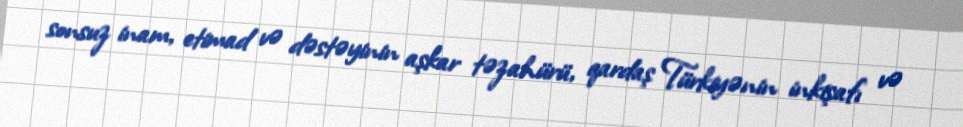
sonsuz inam, etimad və dəstəyinin aşkar təzahürü, qardaş Türkiyənin inkişafı və